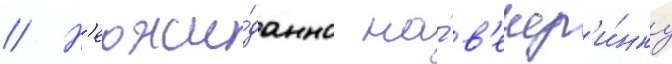
// Н'еожи́данно на́ в'ечер'и́нку